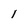
Character: l